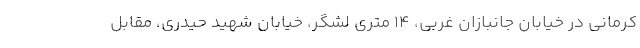
کرمانی در خیابان جانبازان غربی، 14 متری لشگر، خیابان شهید حیدری، مقابل